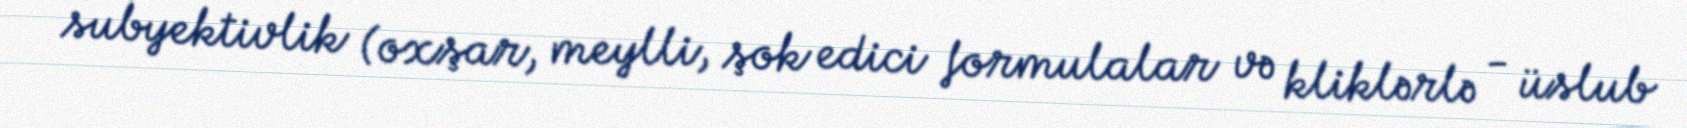
subyektivlik (oxşar, meylli, şok edici formulalar və kliklərlə - üslub